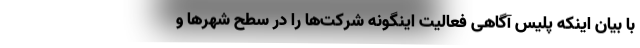
با بیان اینکه پلیس آگاهی فعالیت اینگونه شرکت‌ها را در سطح شهرها و